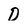
Character: D